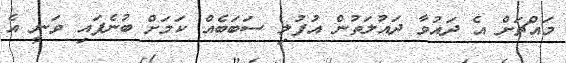
މައްޗަށް އެ ދައުވާ ދައުލަތުން އުފުލި ސަބަބެއް ކަމަށް ބުނެފައި ވަނީ އެ